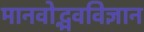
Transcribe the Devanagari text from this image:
मानवोद्भवविज्ञान